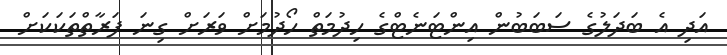
އަދި އެ ބަދަލުގެ ސަބަބުން އިންޓަނެޓްގެ ހިދުމަތް ހޯދުމަށް ވަރަށް ގިނަ ފަރާތްތަކަކަށް